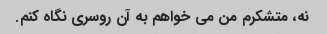
نه، متشکرم من می خواهم به آن روسری نگاه کنم.